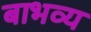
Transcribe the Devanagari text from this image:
बाभव्य